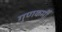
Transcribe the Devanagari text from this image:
गुणकर्मीं